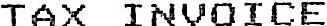
TAX INVOICE